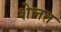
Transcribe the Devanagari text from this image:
शेलत